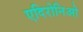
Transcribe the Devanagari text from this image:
एदिरोनिओ